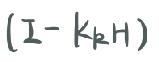
$(I - K_{k}H)$